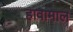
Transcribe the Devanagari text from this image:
हावामाल